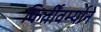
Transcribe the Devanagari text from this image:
किर्तीवर्म्याने